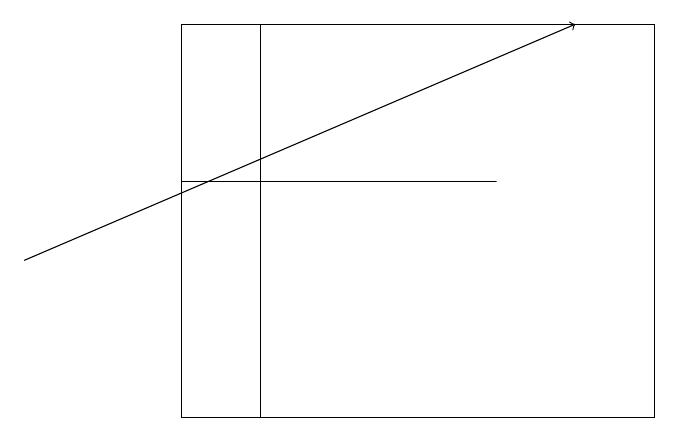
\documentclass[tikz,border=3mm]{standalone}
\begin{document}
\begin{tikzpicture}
\draw (9,11) rectangle (3,16);
\draw (9,16) rectangle (4,11);
\draw (7,14) rectangle (3,14);
\draw[->] (1,13) -- (8,16);
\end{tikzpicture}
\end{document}